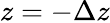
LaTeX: z=-\Delta z